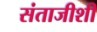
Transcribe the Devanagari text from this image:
संताजीशी